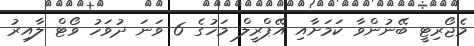
މެޖޯރިޓީ ބޭނުންވާ ކަމަށާއި އޭޕްރީލް މަހުގެ 6 ވަނަ ދުވަހު ވޯޓް ލާއިރު